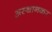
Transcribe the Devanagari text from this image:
अस्थानकर